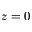
z = 0